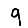
Digit: 9